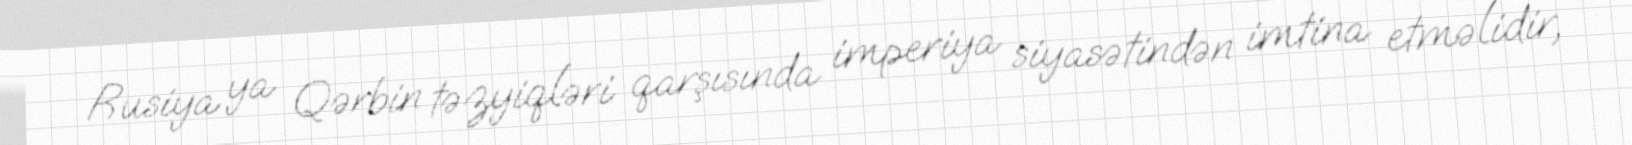
Rusiya ya Qərbin təzyiqləri qarşısında imperiya siyasətindən imtina etməlidir,